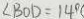
\angle B O D = 1 4 ^ { \circ }